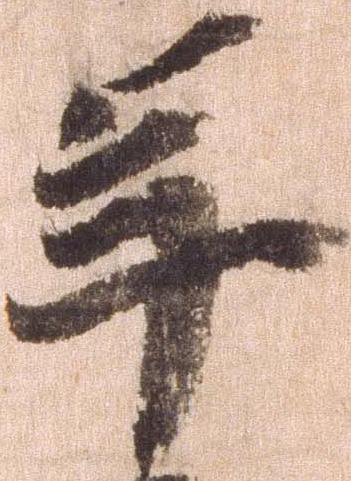
年